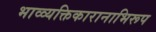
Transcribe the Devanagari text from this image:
भाव्व्यक्तिकारानाभिरूप